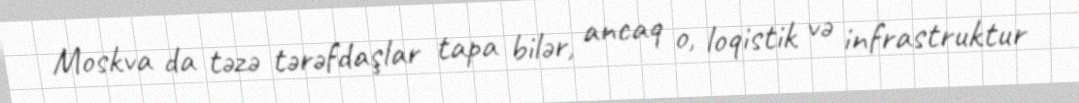
Moskva da təzə tərəfdaşlar tapa bilər, ancaq o, loqistik və infrastruktur